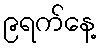
၉ရက်နေ့